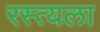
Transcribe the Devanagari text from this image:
रस्त्यला